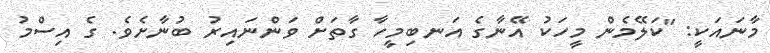
މާނައަކީ: "ކަލޭމެން މީހަކު އޭނާގެ އަނބިމީހާ ގާތަށް ވަންނައިރު ބުނާށެވެ. ގެ އިސްމު